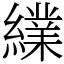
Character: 䌜